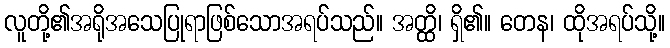
လူတို့၏အရိုအသေပြုရာဖြစ်သောအရပ်သည်။ အတ္ထိ၊ ရှိ၏။ တေန၊ ထိုအရပ်သို့။